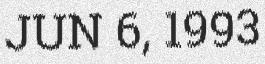
JUN 6, 1993